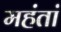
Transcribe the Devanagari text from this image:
महंतां